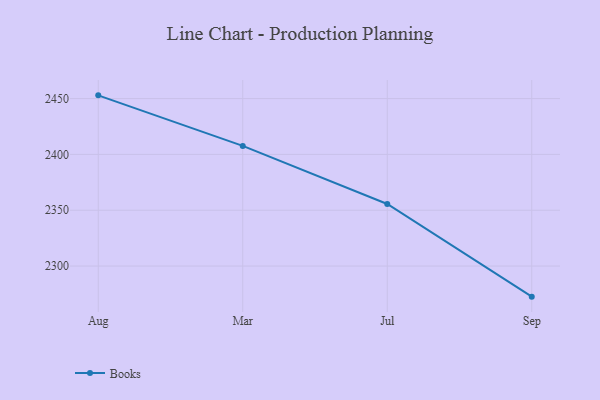
{"axis": {"x": "Month", "y": "Energy Usage (MWh)"}, "legend": ["Books"], "data": [{"x": "Aug", "y": 2452.9, "type": "Books"}, {"x": "Mar", "y": 2407.6, "type": "Books"}, {"x": "Jul", "y": 2355.6, "type": "Books"}, {"x": "Sep", "y": 2272.6, "type": "Books"}]}